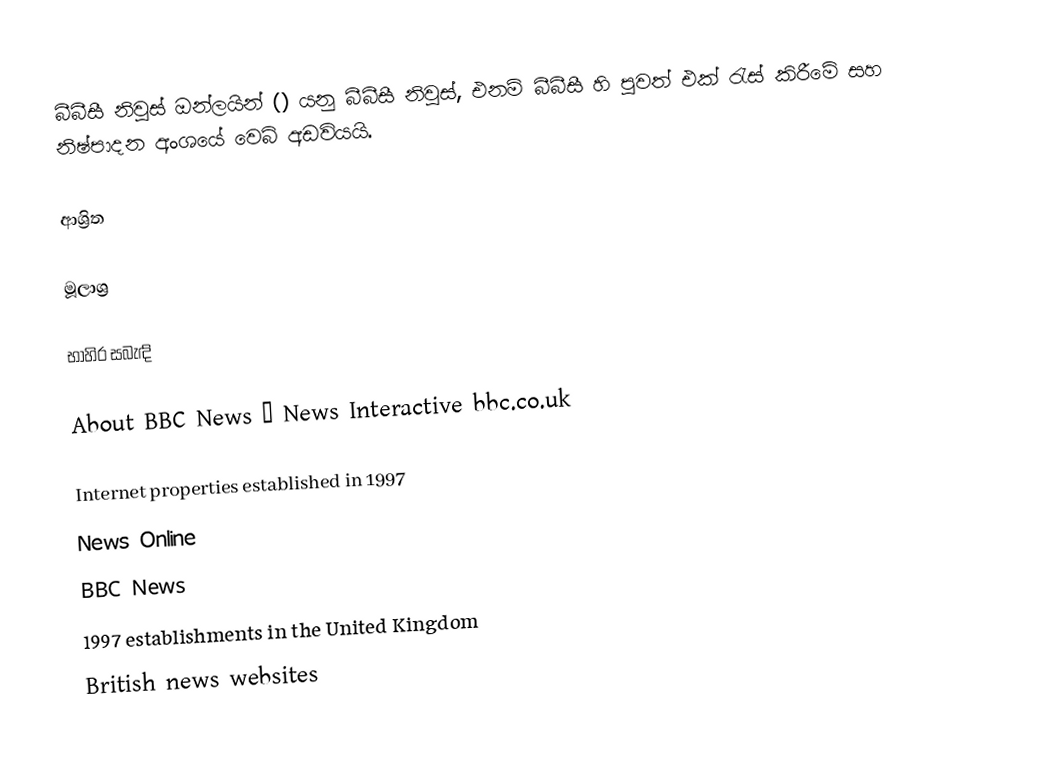
බීබීසී නිවුස් ඔන්ලයින් () යනු බීබීසී නිවුස්, එනම් බීබීසී හි පුවත් එක්‍ රැස් කිරීමේ සහ නිෂ්පාදන අංශයේ වෙබ් අඩවියයි.

ආශ්‍රිත

මූලාශ්‍ර

භාහිර සබැඳි

 About BBC News – News Interactive bbc.co.uk

Internet properties established in 1997
News Online
BBC News
1997 establishments in the United Kingdom
British news websites